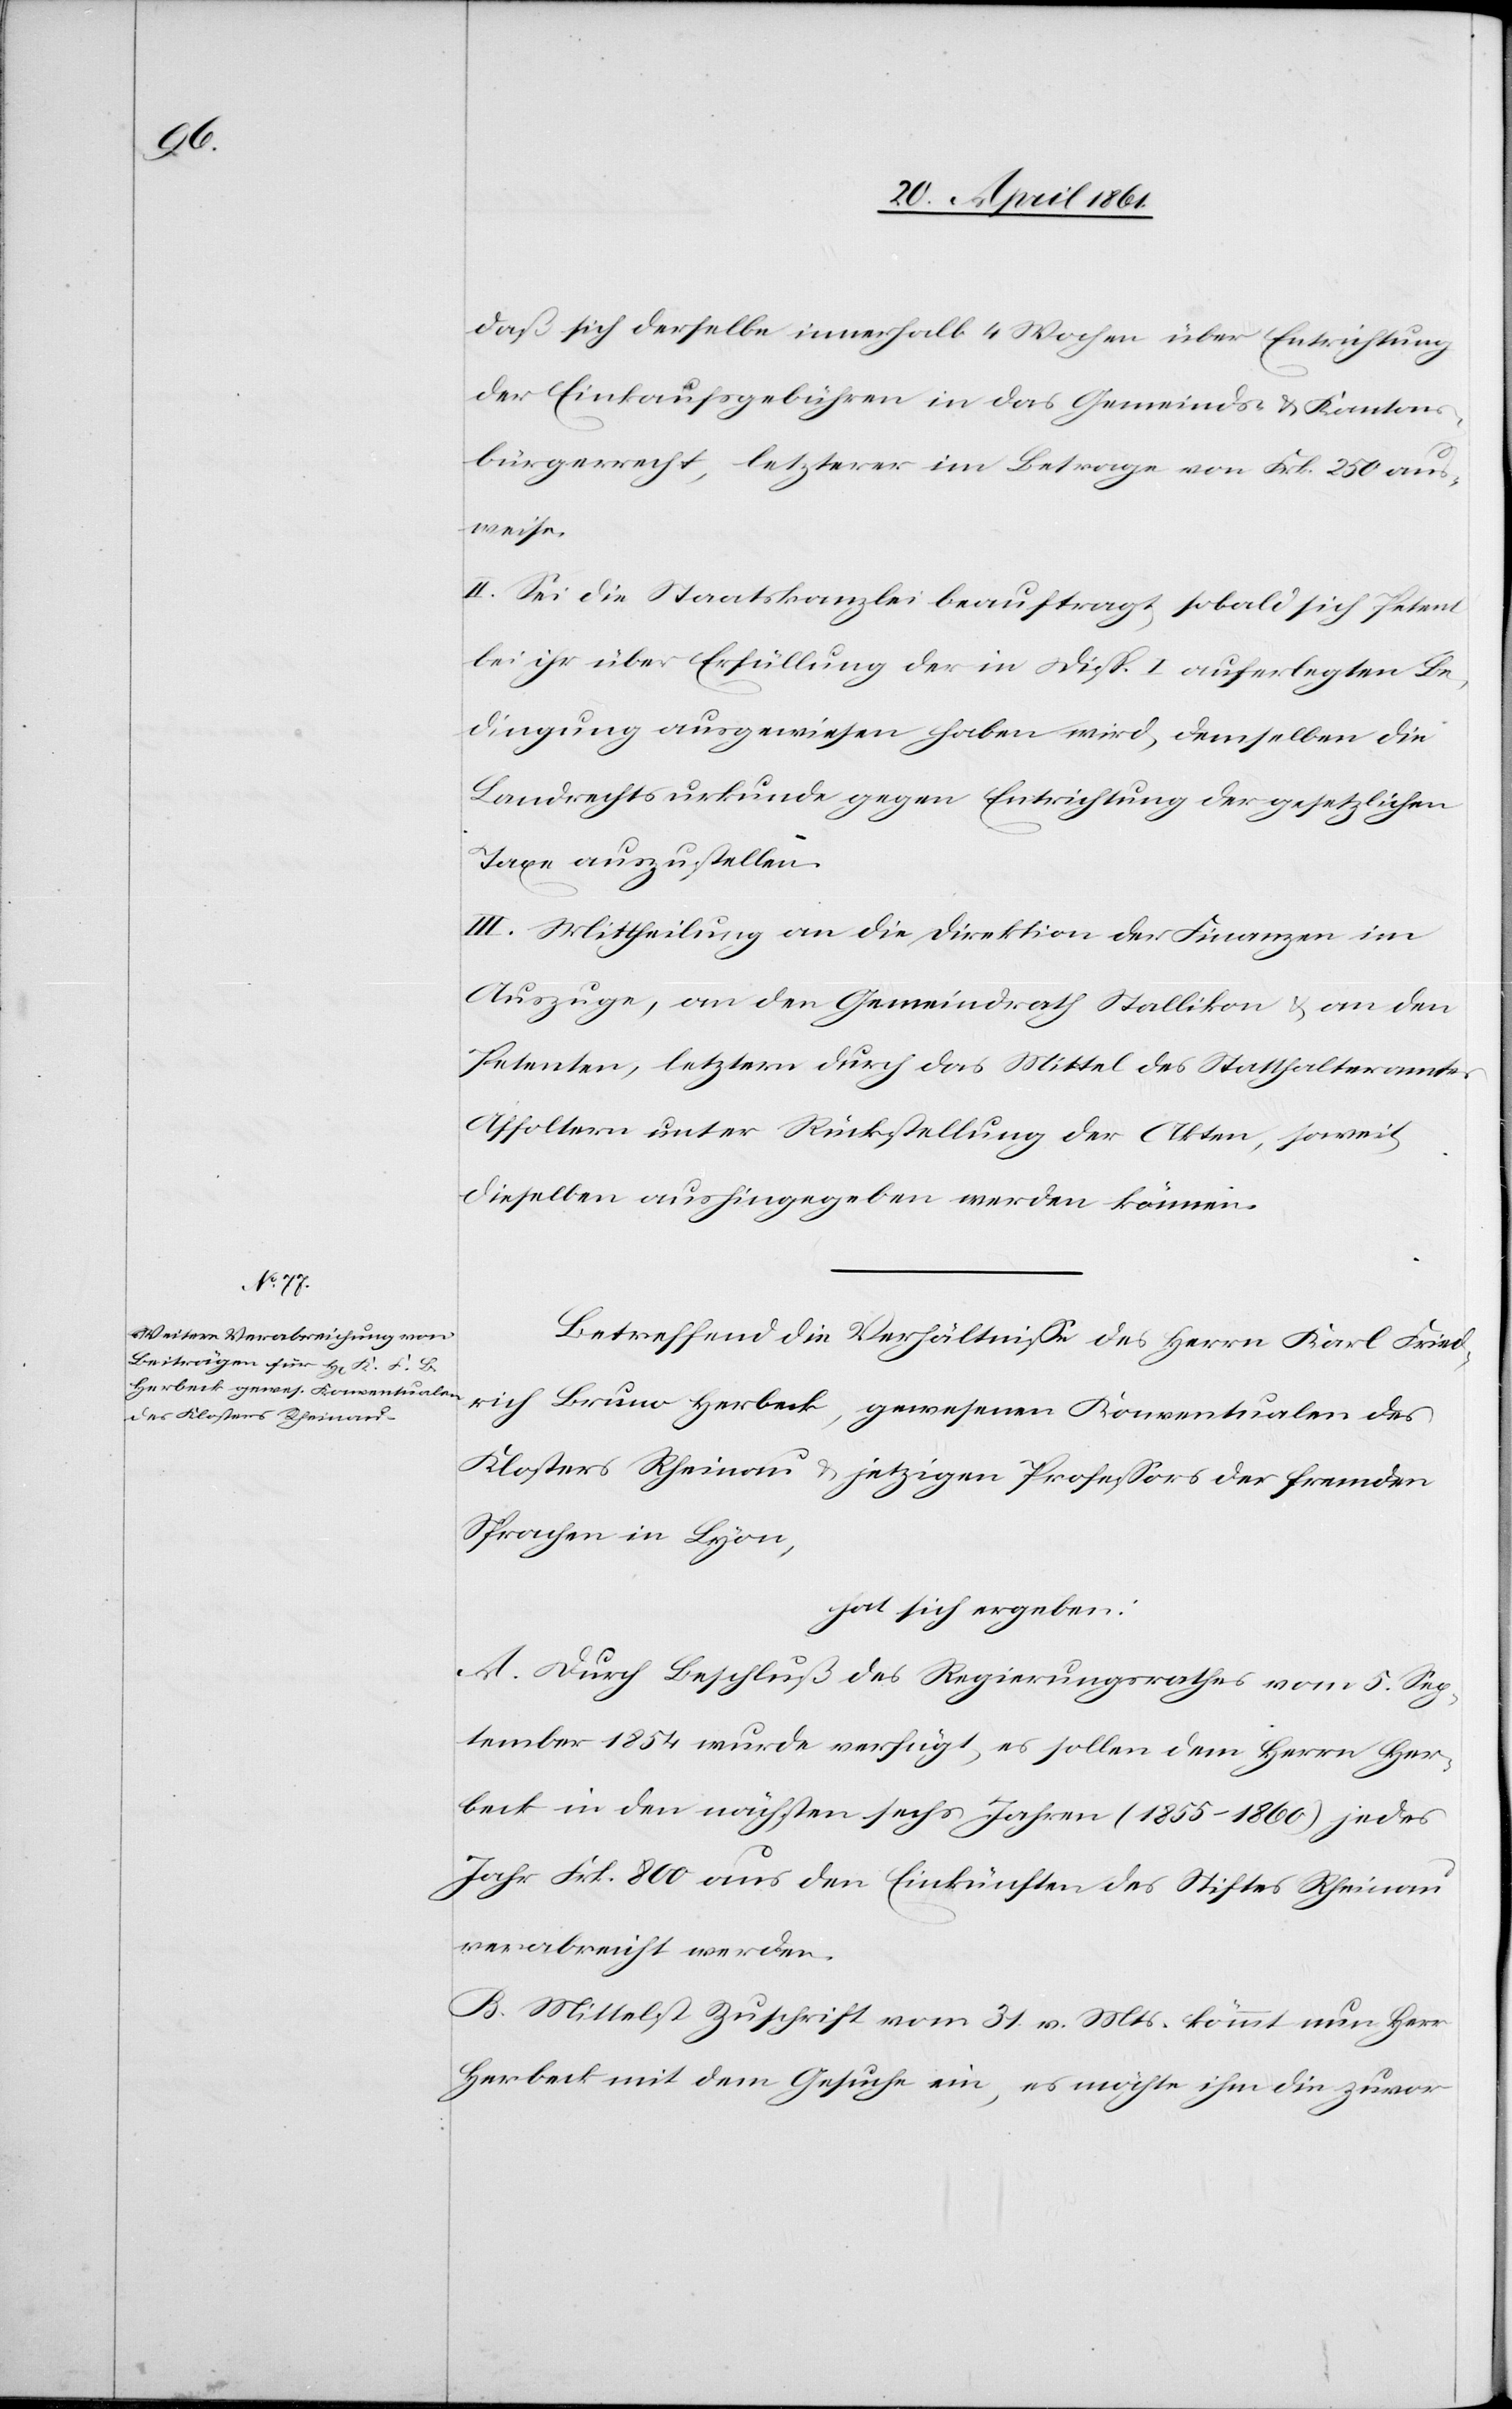
daß sich derselbe innerhalb 4 Wochen über Entrichtung
der Einkaufsgebühren in das Gemeinds- u. Kantons¬
bürgerrecht, letzterer im Betrage von Frk. 250 aus¬
weise.
II. Sei die Staatskanzlei beauftragt, sobald sich Petent
bei ihr über Erfüllung der in Disp. I auferlegten Be¬
dingung ausgewiesen haben wird, demselben die
Landrechtsurkunde gegen Entrichtung der gesetzlichen
Taxe auszustellen.
III. Mittheilung an die Direktion der Finanzen im
Auszuge, an den Gemeindrath Stallikon u. an den
Petenten, letzterm durch das Mittel des Statthalteramtes
Affoltern unter Rückstellung der Akten, soweit
dieselben aushingegeben werden können.
Betreffend die Verhältnisse des Herrn Karl Fried¬
rich Bruno Herbeck, gewesenen Konventualen des
Klosters Rheinau u. jetzigen Professors der fremden
Sprachen in Lyon,
hat sich ergeben:
A. Durch Beschluß des Regierungsrathes vom 5. Sep¬
tember 1854 wurde verfügt, es sollen dem Herrn Her¬
beck in den nächsten sechs Jahren (1855–1860) jedes
Jahr Frk. 800 aus den Einkünften des Stiftes Rheinau
verabreicht werden.
B. Mittelst Zuschrift vom 31. v. Mts. kömmt nun Herr
Herbeck mit dem Gesuche ein, es möchte ihm die zwar